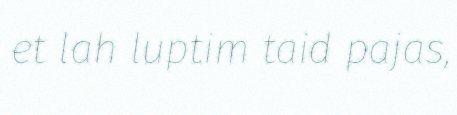
et lah luptim taid pajas,